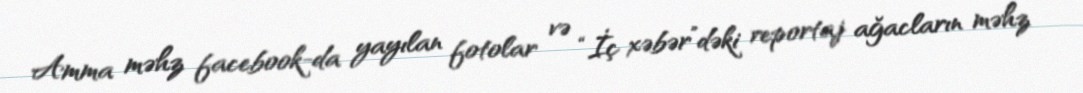
Amma məhz facebook-da yayılan fotolar və “İç xəbər”dəki reportaj ağacların məhz